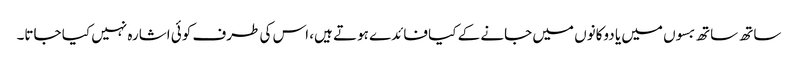
ساتھ ساتھ بسوں میں یا دوکانوں میں جانے کے کیا فائدے ہوتے ہیں، اس کی طرف کوئی اشارہ نہیں کیا جاتا۔